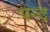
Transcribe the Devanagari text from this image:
पन्द